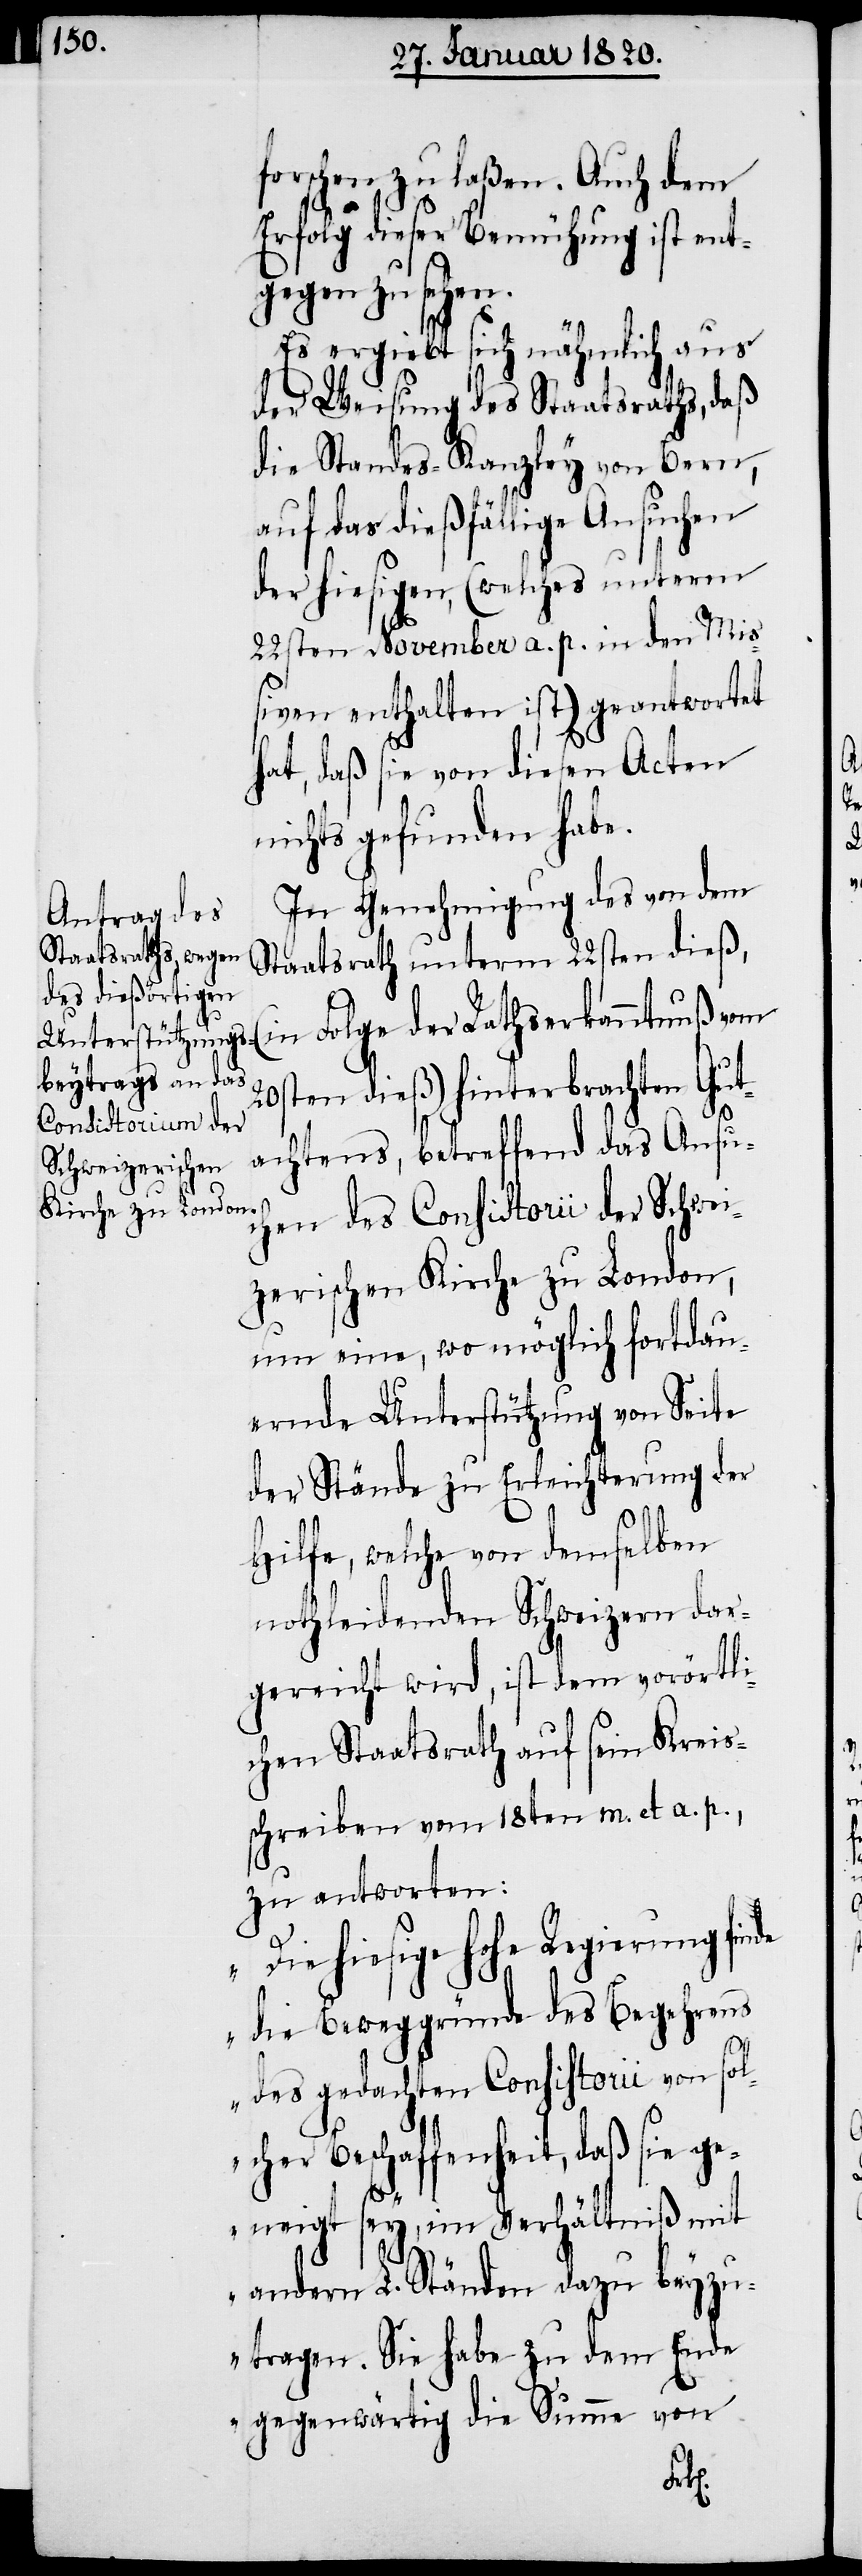
forschen zu laßen. Auch dem
Erfolg dieser Bemühung ist ent¬
gegen zu sehen.
Es ergiebt sich nähmlich aus
der Weisung des Staatsraths, daß
die Standes-Kanzley von Bern,
auf das dießfällige Ansuchen
der hiesigen, (welches unterm
22sten November a. p. in den Mi¬
ßiven enthalten ist) geantwortet
hat, daß sie von diesen Acten
nichts gefunden habe.
In Genehmigung des von dem
Staatsrath unterm 22sten dieß,
n Folge der Rathserkanntnuß vom
20sten dieß) hinterbrachten Gut¬
achtens, betreffend das Ansuc¬
hen des Consistorii der Schwei¬
zerischen Kirche zu London,
um eine, wo möglich fortdau¬
ernde Unterstützung von Seite
der Stände zu Erleichterung der
Hilfe, welche von demselben
nothleidenden Schweizern dar¬
gereicht wird, ist dem vorörtli¬
chen Staatsrath auf sein Kreis¬
schreiben vom 18ten m. et a. p.,
zu antworten:
(i¬
„Die hiesige hohe Regierung finde
die Beweggründe des Begehrens
des gedachten Consistorii von sol¬
cher Beschaffenheit, daß sie ge¬
neigt sey, im Verhältniß mit
andern L. Ständen dazu beyzu¬
tragen. Sie habe zu dem Ende
gegenwärtig die Summe von